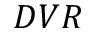
D V R